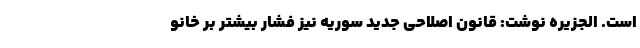
است. الجزیره نوشت: قانون اصلاحی جدید سوریه نیز فشار بیشتر بر خانو